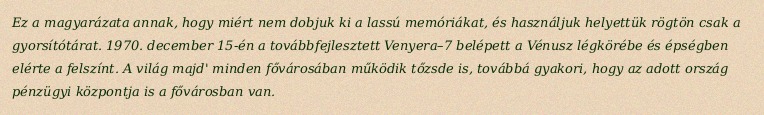
Ez a magyarázata annak, hogy miért nem dobjuk ki a lassú memóriákat, és használjuk helyettük rögtön csak a gyorsítótárat. 1970. december 15-én a továbbfejlesztett Venyera–7 belépett a Vénusz légkörébe és épségben elérte a felszínt. A világ majd' minden fővárosában működik tőzsde is, továbbá gyakori, hogy az adott ország pénzügyi központja is a fővárosban van.